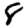
Digit: 8